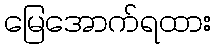
မြေအောက်ရထား